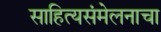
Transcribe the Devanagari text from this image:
साहित्यसंमेलनाचा